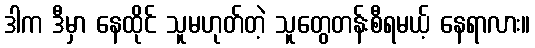
ဒါက ဒီမှာ နေထိုင် သူမဟုတ်တဲ့ သူတွေတန်းစီရမယ့် နေရာလား။